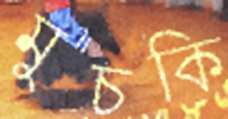
মুচকি